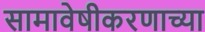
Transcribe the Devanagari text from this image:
सामावेषीकरणाच्या